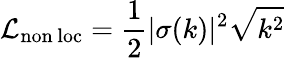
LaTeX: \mathcal{L}_{\mathrm{non\, loc}}={\frac{1}{2}}|\sigma(k)|^{2}\sqrt{k^{2}}